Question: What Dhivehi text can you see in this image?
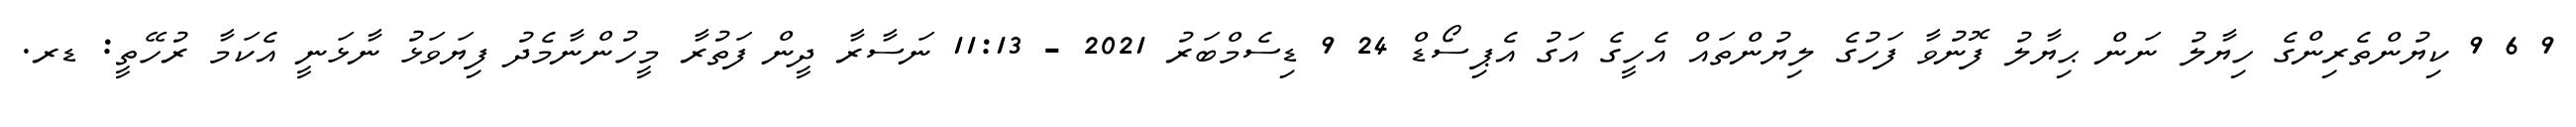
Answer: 9 6 9 ކިޔުންތެރިންގެ ހިޔާލު ނަން ޙިޔާލު ފޮނުވާ ފަހުގެ ލިޔުންތައް އެހީގެ އަގު އެޕިސޯޑް 24 9 ޑިސެމްބަރު 2021 - 11:13 ނަސާރާ ދީން ފަތުރާ މީހުންނާމެދު ފިޔަވަޅު ނާޅަނީ އެކަމާ ރުހޭތީ: ޑރ.